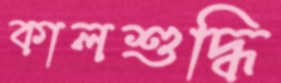
কালশুদ্ধি